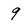
Character: 9